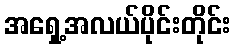
အရှေ့အလယ်ပိုင်းတိုင်း